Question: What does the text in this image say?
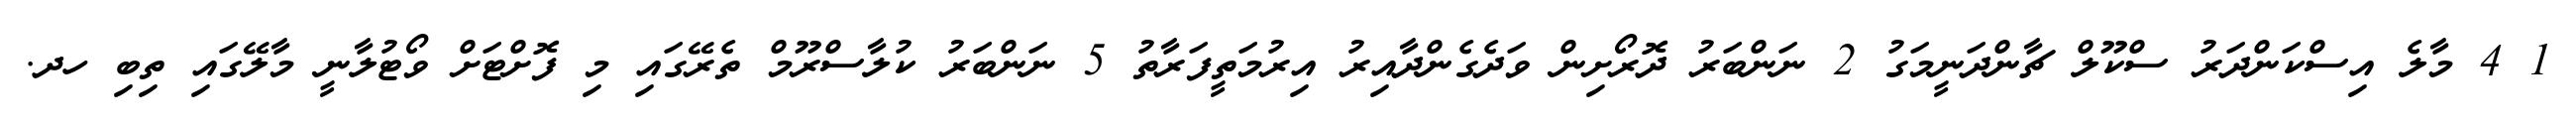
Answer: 1 4 މާލެ އިސްކަންދަރު ސްކޫލް ޗާންދަނީމަގު 2 ނަންބަރު ދޮރޯށިން ވަދެގެންދާއިރު އިރުމަތީފަރާތު 5 ނަންބަރު ކުލާސްރޫމް ތެރޭގައި މި ފޮށްޓަށް ވޯޓުލާނީ މާލޭގައި ތިބި ހދ.